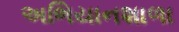
અભિયાનશાળા